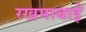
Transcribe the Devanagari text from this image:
रखमाबाईं